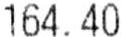
164.40